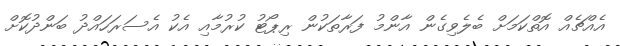
އެއްޗެއް އޮތްކަމަށް ބެލެވިގެން އާންމު ފަރާތަކުން ރިޕޯޓު ކުރުމާއި އެކު އެސަރަހައްދު ބަންދުކޮށް